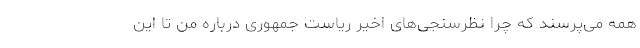
همه می‌پرسند که چرا نظرسنجی‌های اخیر ریاست جمهوری درباره من تا این